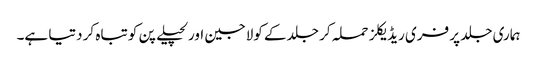
ہماری جلد پر فری ریڈیکلز حملہ کر جلد کے کولاجین اور لچیلے پن کو تباہ کر دتیا ہے۔